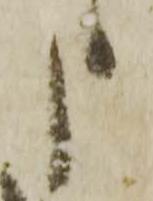
申